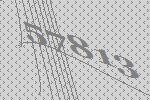
57813